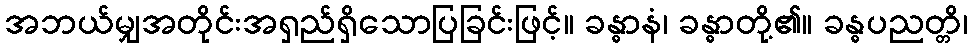
အဘယ်မျှအတိုင်းအရှည်ရှိသောပြခြင်းဖြင့်။ ခန္ဓာနံ၊ ခန္ဓာတို့၏။ ခန္ဓပညတ္တိ၊